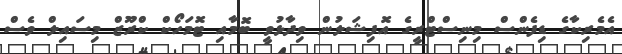
އެމެރިކާގެ ޑިފެންސް މިނިސްޓްރީގެ އޮފިޝަލުން ވިދާޅުވީ ބޮމާއި ޓޮމަހޯކް ކްރޫޒް މިސައިލް ވެސް